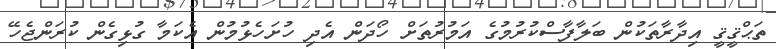
ތަޙްޤީޤީ އިދާރާތަކުން ބަލާފާސްކުރުމުގެ އަމުރުތަށް ހޯދަން އެދި ހުށަހެޅުމުން އެކަމާ ގުޅިގެން ކުރަންޖެހޭ